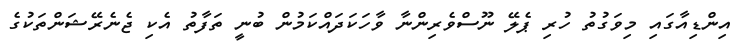
އިންޑިއާގައި މިވަގުތު ހުރި ޕެލޭ ނޫސްވެރިންނާ ވާހަކަދައްކަމުން ބުނީ ތަފާތު އެކި ޖެނެރޭޝަންތަކުގެ